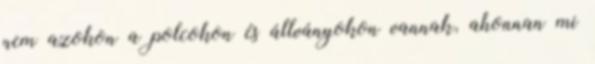
nem azokon a polcokon és állványokon vannak, ahonnan mi